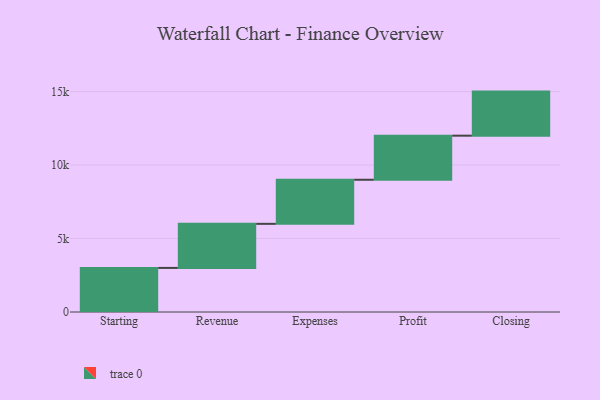
{"axis": {"x": "Step", "y": "Value"}, "legend": [""], "data": [{"x": "Starting", "y": 3000, "type": ""}, {"x": "Revenue", "y": 3000, "type": ""}, {"x": "Expenses", "y": 3000, "type": ""}, {"x": "Profit", "y": 3000, "type": ""}, {"x": "Closing", "y": 3000, "type": ""}]}